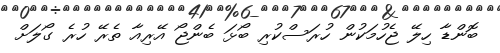
ބޮންޑާ ހިލޭ ޖެހުމަކުން ހުރަސްކުރި ބޯޅަ ބެންޖޯ އޭރިއާ ތެރޭ ހުރެ ގޯލަށް